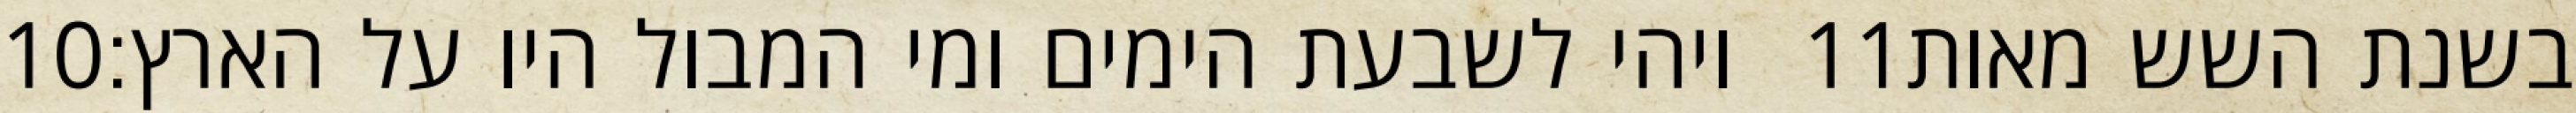
‎10‏ ויהי לשבעת הימים ומי המבול היו על הארץ׃ ‎11‏ בשנת השש מאות